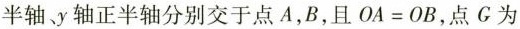
半轴y轴正半轴分别交于点A，B，且$$O A = O B$$，点G为